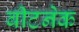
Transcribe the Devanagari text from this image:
बीटनेक